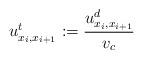
LaTeX: \begin{align*}u^t_{x_{i},x_{i+1}} := \frac{u^d_{x_{i},x_{i+1}}}{v_{c}}\end{align*}